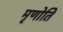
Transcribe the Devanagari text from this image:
मृणोति